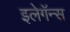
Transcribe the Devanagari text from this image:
इलेगॅन्स